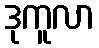
ဒုကူလာ